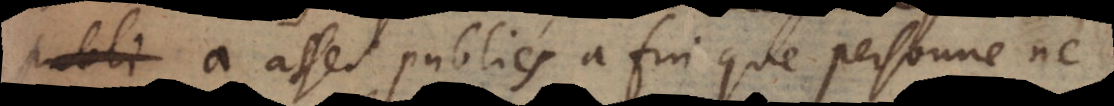
a asses publiés à fin que personne ne